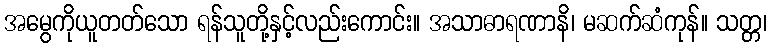
အမွေကိုယူတတ်သော ရန်သူတို့နှင့်လည်းကောင်း။ အသာဓာရဏာနိ၊ မဆက်ဆံကုန်။ သတ္တ၊